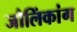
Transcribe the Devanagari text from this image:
जौलिंकांग